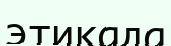
этикада